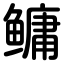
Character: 鳙